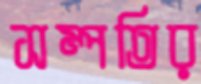
সম্পতির